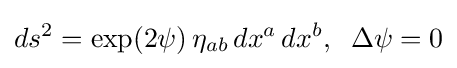
ds^{2}=\exp(2\psi )\,\eta _{ab}\,dx^{a}\,dx^{b},\;\;\Delta \psi =0